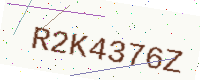
Text: R2K4376Z